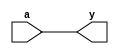
module demo1(
  input a,
  output reg y 
);
  
  assign y = a;
  
endmodule